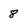
Character: 8